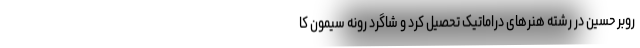
روبر حسین در رشته هنرهای دراماتیک تحصیل کرد و شاگرد رونه سیمون کا